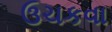
ઉચકવા